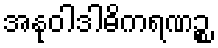
အနုဝါဒါဓိကရဏဉ္စ